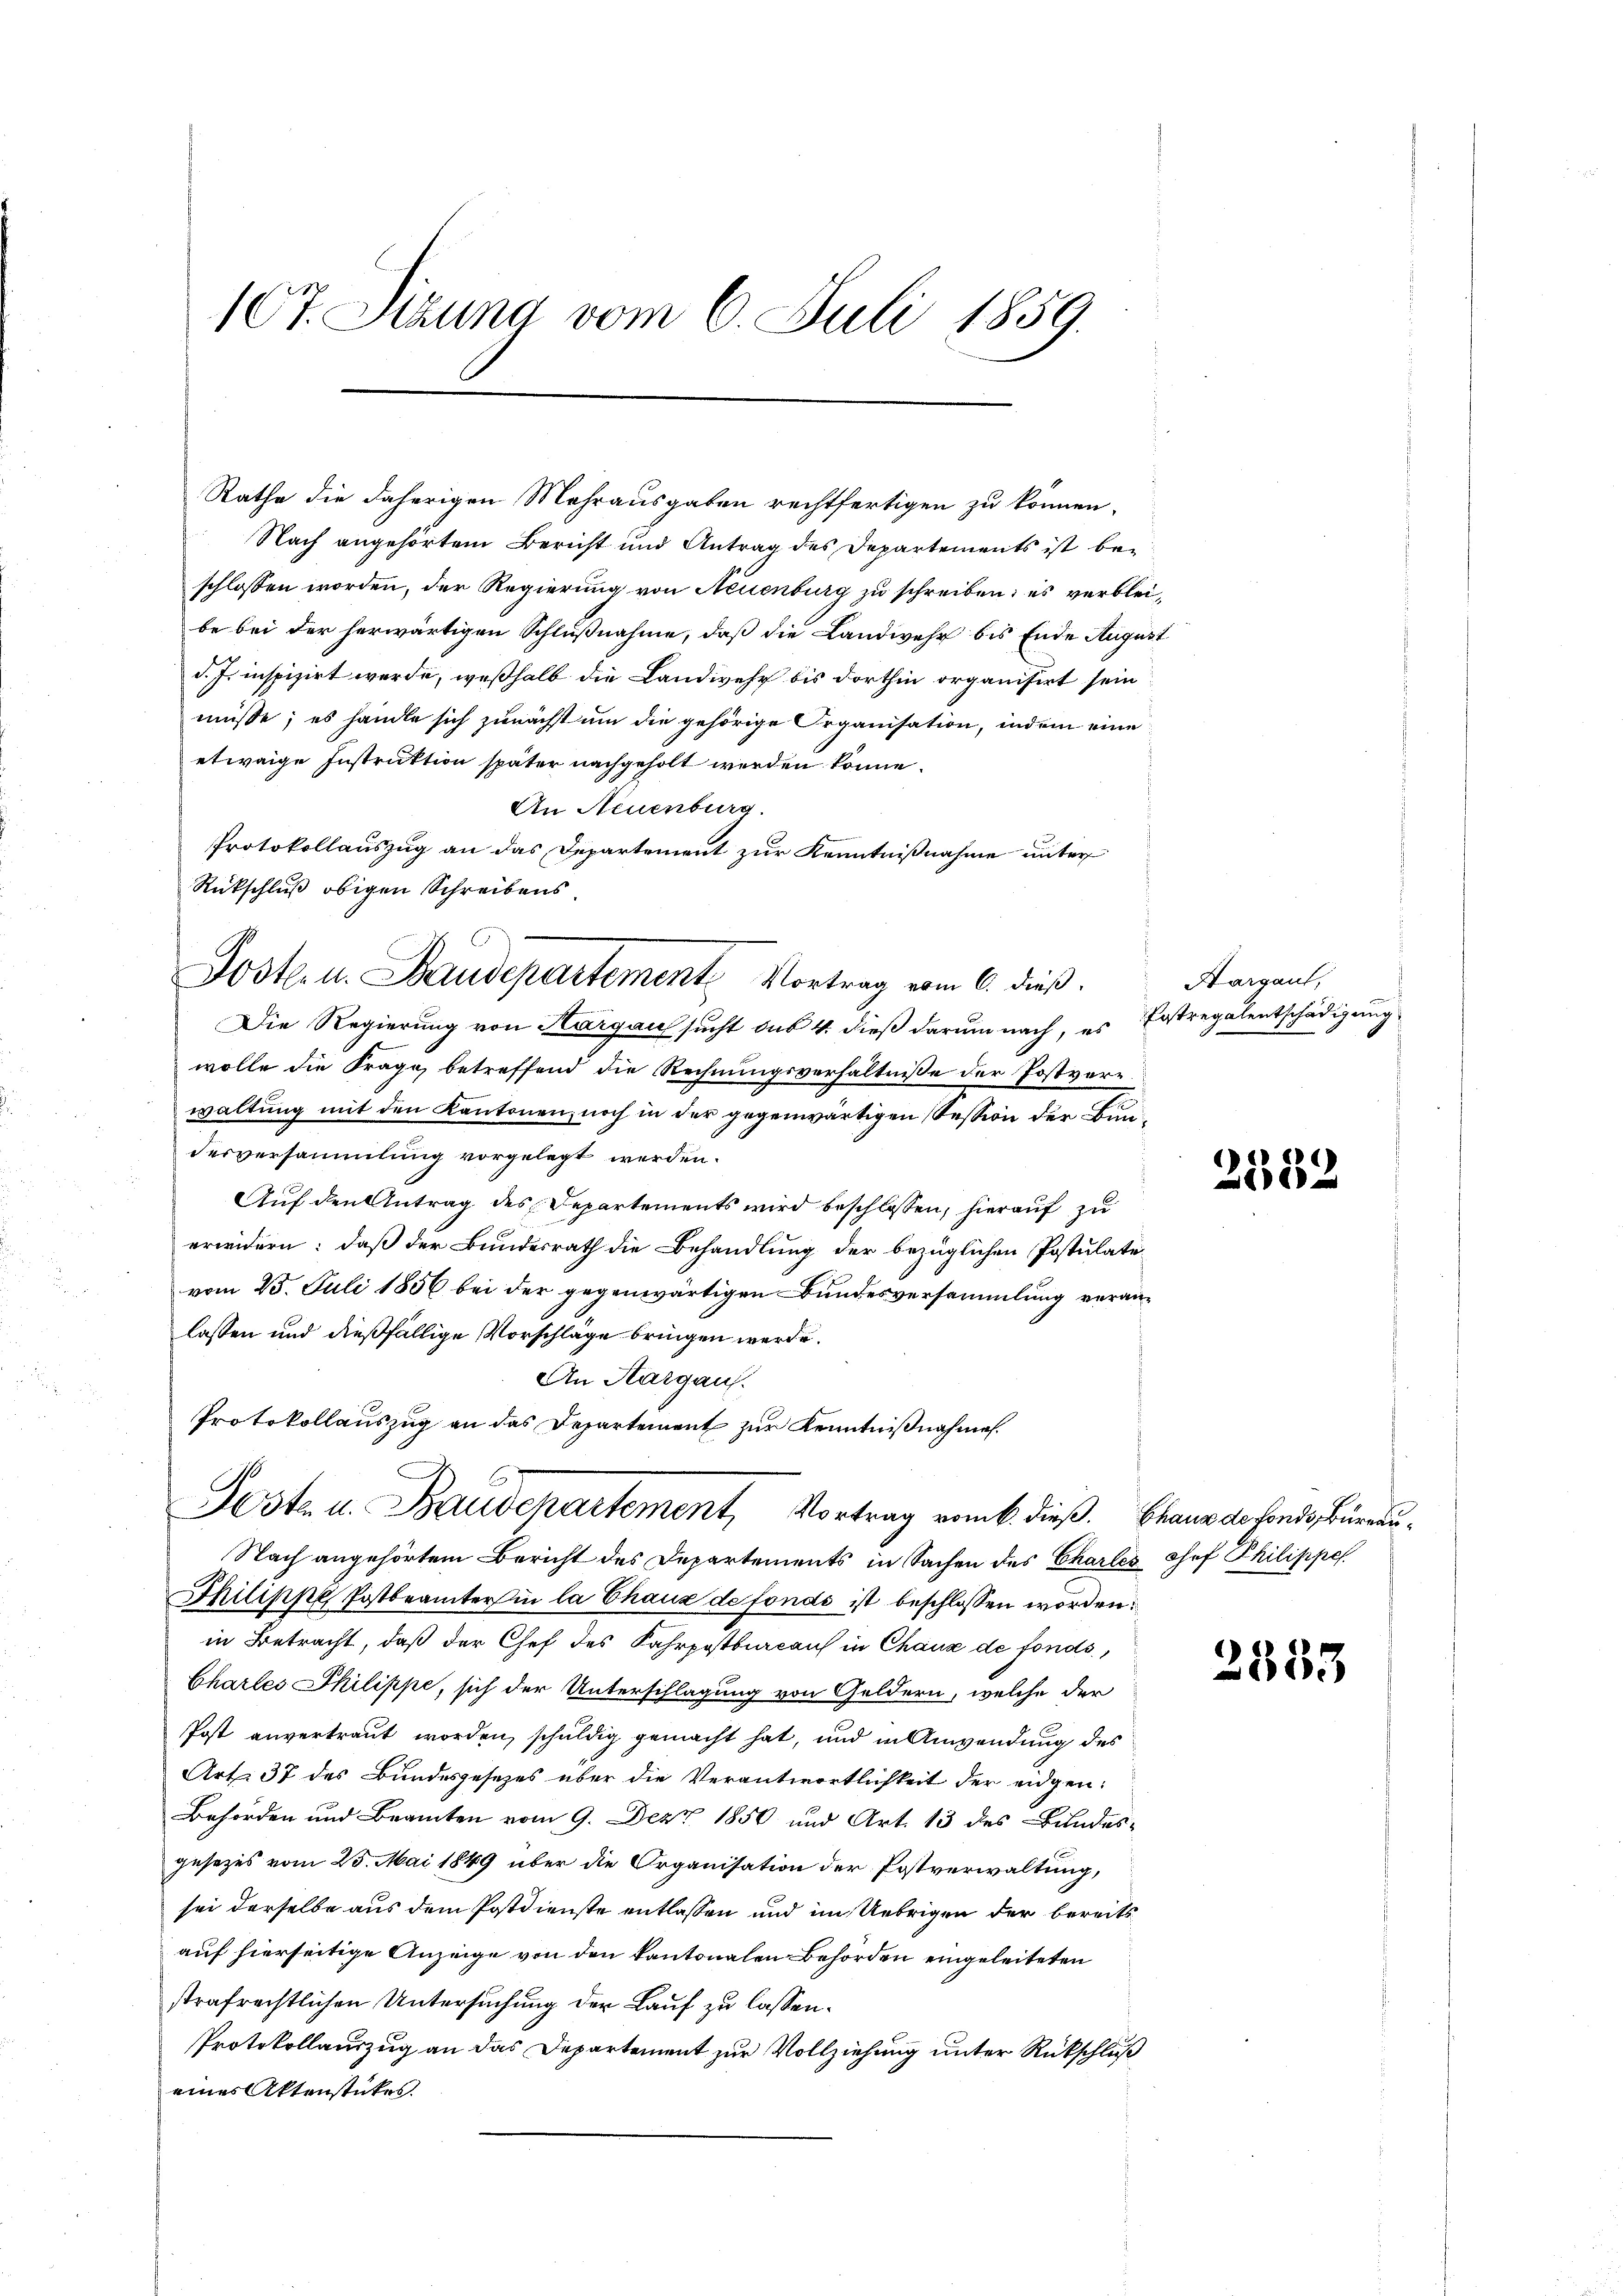
107. Sizung vom 6. Juli 1859.

Nach angehörtem Bericht und Antrag des Departements ist bei
schlossen worden, der Regierung von Neuenburg zu schreiben; es verbleibe bei der herwärtigen Schlußnahme, daß die Landwehr bis Ende Augus
d. J. inspizirt werde, weßhalb die Landwehr bis dorthin organisirt sein
müsse; es handle sich zunächst um die gehörige Organisation, indem eine
etwaige Instruktion später nachgeholt werden könne.
An Neuenburg.
Protokollauszug an das Departement zur Kenntnißnahme unter
Rückschluß obigen Schreibens
Die Regierung von Hargau sucht das 4. dieß darum nach, es Erstregalentschädigung
wolle die Frage betreffend die Rechnungsverhältnisse der Postverrwaltung mit den Kantonen, noch in der gegenwärtigen Session der Bundesversammlung vorgelegt werden.
Auf den Antrag des Departements wird beschlossen, hierauf zu
erwidern: daß der Bundesrath die Behandlung der bezüglichen Postulate
vom 25. Juli 1856 bei der gegenwärtigen Bundesversammlung veranlassen und dießfällige Vorschlage bringen werde.
An Aargau.
Protokollauszug an das Departement zur Kenntnißnahmen.
Jeste u. Baudepartement, Vortrag vom k. dieß. Chaus de fonds, Büreau¬
Nach angehörtem Bericht des Departements in Sachen des Charles chef Philippe
Philippe Postbeamter in la Chaux de fonds ist beschlossen worden.
in Betracht, daß der Chef des Fahrpostbureaus in Chaux de fonds,
Chartes Philippe, sich der Unterschlagung von Geldern, welche der
Post anvertraut worden, schuldig gemacht hat, und in Anwendung des
Art. 37 des Bundesgesezes über die Verantwortlichkeit der eidgen:
Behörden und Beamten vom 9. Dezz 1850 und Art. 13 des Bundesgesezes vom 25. Mai 1849 über die Organisation der Postverwaltung,
sei derselbe aus dem Postdienste entlassen und im Uebrigen der bereits
auf hierseitige Anzeige von den kantonalen Behörden eingeleiteten
strafrechtlichen Untersuchung der Lauf zu lassen.
Protokollauszug an das Departement zur Vollziehung unter Rückschluß
eines Aktenstükes.

Poste. u. Baudepartement Vortrag vom 6. dieß.

Rathe die daherigen Mehrausgaben rechtfertigen zu können,

Aargaus,

e
Al

2833